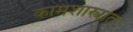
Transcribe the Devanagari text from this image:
कामशास्त्रात